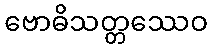
ဗောဓိသတ္တဿေဝ